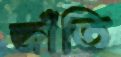
জাঁতি